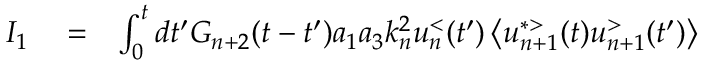
\begin{array} { r l r } { I _ { 1 } } & { { } = } & { \int _ { 0 } ^ { t } d t ^ { \prime } G _ { n + 2 } ( t - t ^ { \prime } ) a _ { 1 } a _ { 3 } k _ { n } ^ { 2 } u _ { n } ^ { < } ( t ^ { \prime } ) \left\langle u _ { n + 1 } ^ { * > } ( t ) u _ { n + 1 } ^ { > } ( t ^ { \prime } ) \right\rangle } \end{array}